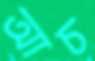
আচ